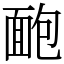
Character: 靤